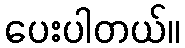
ပေးပါတယ်။